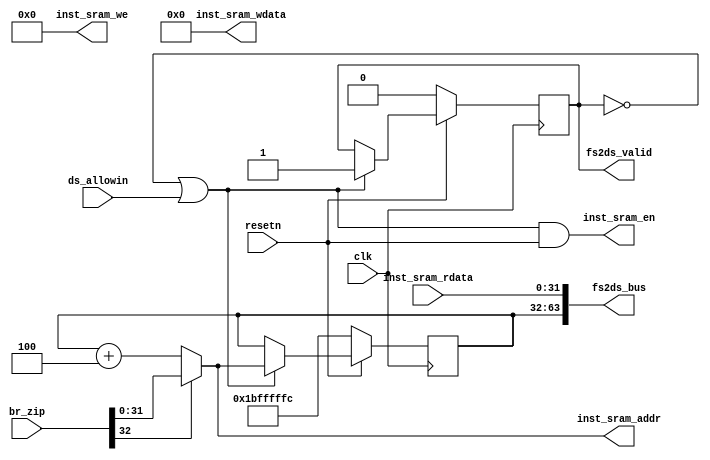
module IFreg(
    input  wire        clk,
    input  wire        resetn,
    // inst sram interface
    output wire         inst_sram_en,
    output wire [ 3:0]  inst_sram_we,
    output wire [31:0]  inst_sram_addr,
    output wire [31:0]  inst_sram_wdata,
    input  wire [31:0]  inst_sram_rdata,
    // fs and ds state interface
    output wire         fs2ds_valid,
    output wire [63:0]  fs2ds_bus,  // {fs_pc, fs_inst}
    input  wire         ds_allowin,
    input  wire [32:0]  br_zip      // {br_taken, br_target}
);

reg         fs_valid;
wire        fs_ready_go;
wire        fs_allowin;
wire        to_fs_valid;

wire [31:0] seq_pc;
wire [31:0] nextpc;

wire        br_taken;
wire [31:0] br_target;

reg  [31:0] fs_pc;
wire [31:0] fs_inst;

//------------------------------state control signal---------------------------------------
assign to_fs_valid  = resetn;
assign fs_ready_go  = 1'b1;
assign fs_allowin   = ~fs_valid | fs_ready_go & ds_allowin;
assign fs2ds_valid  = fs_valid & fs_ready_go;
always @(posedge clk) begin
    if (~resetn) begin
        fs_valid <= 1'b0;
    end else if (fs_allowin) begin
        fs_valid <= to_fs_valid;
    end
end


//------------------------------inst sram interface---------------------------------------    
assign inst_sram_en     = fs_allowin & to_fs_valid;
assign inst_sram_we     = 4'b0;
assign inst_sram_addr   = nextpc; // ,  fs_pc  fs_inst .
assign inst_sram_wdata  = 32'b0;
assign fs_inst          = inst_sram_rdata;


//------------------------------pc relavant signals---------------------------------------    
assign seq_pc   = fs_pc + 32'h4;  
assign nextpc   = br_taken ? br_target : seq_pc;

always @(posedge clk) begin
    if (~resetn) begin
        fs_pc <= 32'h1bfffffc;
    end else if (fs_allowin) begin
        fs_pc <= nextpc;
    end
end


//------------------------------if and id state interface---------------------------------------
assign fs2ds_bus    = {fs_pc, fs_inst};
assign {br_taken, br_target} = br_zip;


endmodule